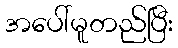
အပေါ်မူတည်ပြီး